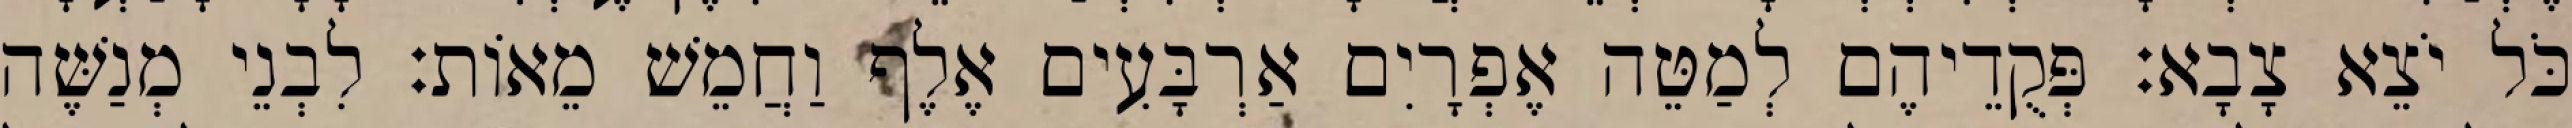
כֹּל יֹצֵא צָבָא׃ פְּקֻדֵיהֶם לְמַטֵּה אֶפְרָיִם אַרְבָּעִים אֶלֶף וַחֲמֵשׁ מֵאוֹת׃ לִבְנֵי מְנַשֶּׁה